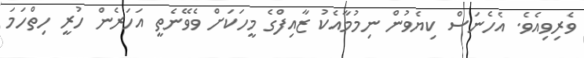
ވެރިވިއެވެ. އެހެނަސް ކިޔެވުން ނިމުމާއެކު ޒާއިފްގެ މީހަކަށް ވެވޭނެތީ އަހަރެން ހުރީ ހިތްހަމަ